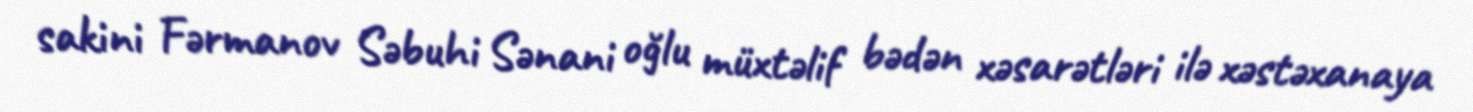
sakini Fərmanov Səbuhi Sənani oğlu müxtəlif bədən xəsarətləri ilə xəstəxanaya